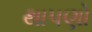
થાપણો